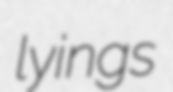
lyings